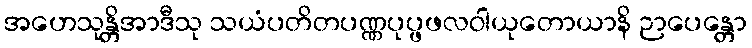
အဟေသုန္တိအာဒီသု သယံပတိတပဏ္ဏပုပ္ဖဖလဝါယုတောယာနိ ဉာပေန္တော